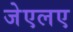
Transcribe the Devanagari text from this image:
जेएलए